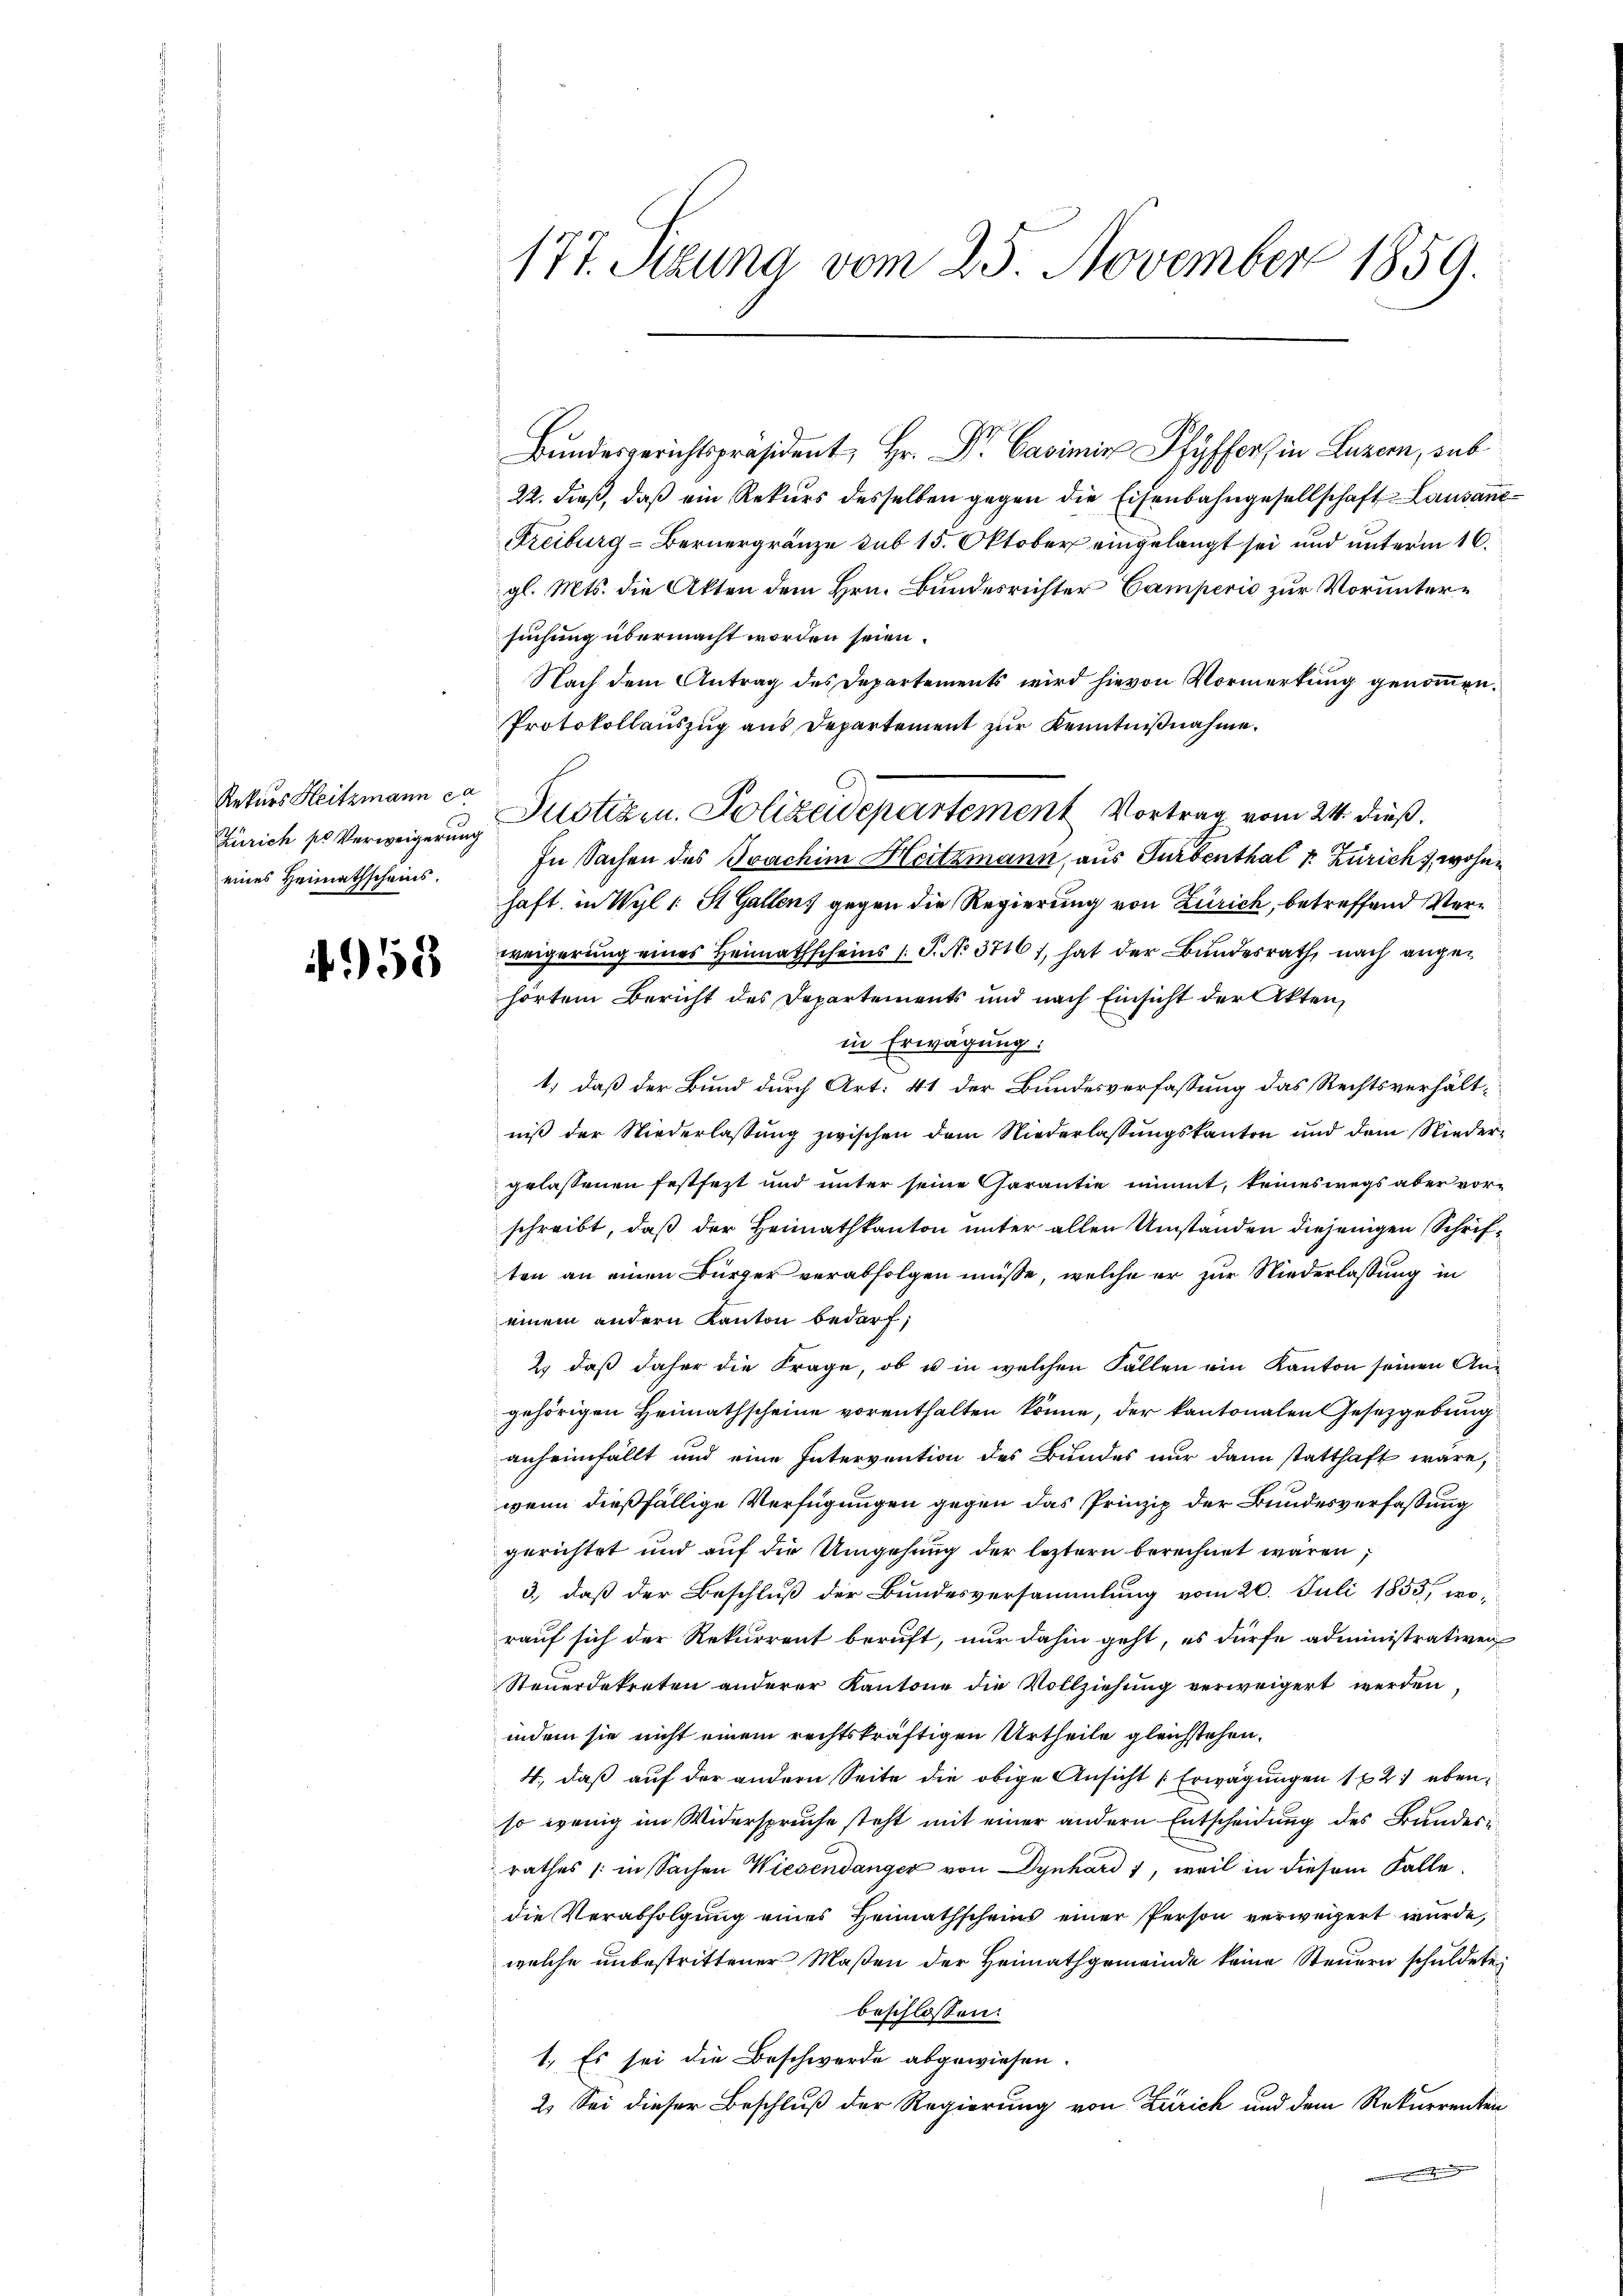
Rekurs Heitzmann e
Zürich pr Verweigerung
eines Heimathscheins.

58

177. Sitzung vom 25. November 1859.

Bundesgerichtspräsident, Hr. Dr. Casimir Pfyffer in Luzern, sub
22. dieß, daß ein Rekurs desselben gegen die Eisenbahngesellschaft Lausane¬
Freiburg-Bernergränze sub 15. Oktober eingelangt sei und unterm 16.
gl. Mts. die Akten dem Hrn. Bundesrichter Camperio zur Voruntersuchung übermacht worden seien.
Nach dem Antrag des Departements wird hievon Vormerkung genommen.
Protokollauszug aus Departement zur Kenntnißnahme.
Justizen. Polizeidepartement Vortrag vom 24. dieß.
In Sachen des Joachim Heitzmann, aus Turbenthal v. Zürich), wohne
haft in Wyl 1 St. Gallen gegen die Regierung von Zürich, betreffend Verweigerung eines Heimathscheins 1 S. No 3716), hat der Bundesrath, nach angehörtem Bericht des Departements und nach Einsicht der Akten,
in Erwägung:
1.) daß der Bund durch Art: 41 der Bundesverfassung das Rechtsverhältniβ der Niederlassŭng zwischen dem Niederlassŭngskanton und dem Nieder-
gelassenen festsezt und unter seine Garantie nimmt, keineswegs aber vorschreibt, daß der Heimathkanton unter allen Umständen diejenigen Schriften an einen Bürger verabfolgen müsse, welche er zur Niederlassung in
einem andern Kanton bedarf;
2) daß daher die Frage, ob u in welchen Fallen ein Kanton seinen Angehörigen Heimathscheine vorenthalten könne, der kantonalen Gesetzgebung
anheimfällt und eine Intervention des Bundes nur dann statthaft wäre,
wenn dießfällige Verfügungen gegen das Prinzip der Bundesverfassung
gerichtet und auf die Umgehung der leztern berechnet wären,
3., daß der Beschluß der Bundesversammlung vom 20. Juli 1855, wo-
rauf sich der Rekurrent beruft, nur dahin geht, es dürfe administrativen
Steuerdekreten anderer Kantone die Vollziehung verweigert werden
indem sie nicht einem rechtskräftigen Urtheile gleichstehen.
4., daß auf der andern Seite die obige Ansicht (Erwägungen 1821 ebenso wenig im Widerspruche steht mit einer andern Entscheidung des Bundesrathes (in Sachen Wiesendanger von Dynhard 7, weil in diesem Falle.
die Verabfolgung eines Heimathscheins einer Person verweigert wurde,
welche unbestrittener Maßen der Heimathgemeinde keine Steuern schuldete
beschlossen:
1. Es sei die Beschwerde abgewiesen.
2. Sei dieser Beschluß der Regierung von Zürich und dem Rekurrenten